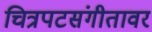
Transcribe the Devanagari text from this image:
चित्रपटसंगीतावर